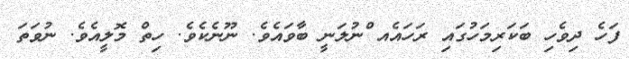
ފަހެ ދިވެހި ބަކަރިމަހުގައި ރަހައެއ ްނުލަނީ ބާވައެވެ. ނޫނެކެވެ. ހިތް މޮލީއެވެ. ނުވަތަ